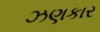
ઝણકાર